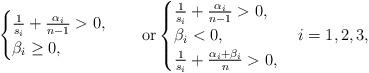
LaTeX: \begin{align*}\begin{cases}\frac{1}{s_{i}}+\frac{\alpha_{i}}{n-1}>0,\\\beta_{i}\geq0,\end{cases}\quad\mathrm{or}\begin{cases}\frac{1}{s_{i}}+\frac{\alpha_{i}}{n-1}>0,\\\beta_{i}<0,\\\frac{1}{s_{i}}+\frac{\alpha_{i}+\beta_{i}}{n}>0,\end{cases}i=1,2,3,\end{align*}